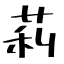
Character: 莉